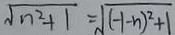
\sqrt { n ^ { 2 } + 1 } = \sqrt { ( - 1 - n ) ^ { 2 } + 1 }